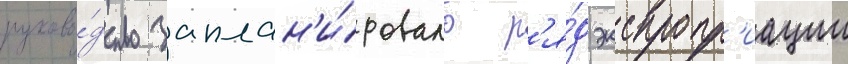
руково́дство заплан'и́ровало р'я́д экспропр'иации